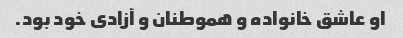
او عاشق خانواده و هموطنان و آزادی خود بود.